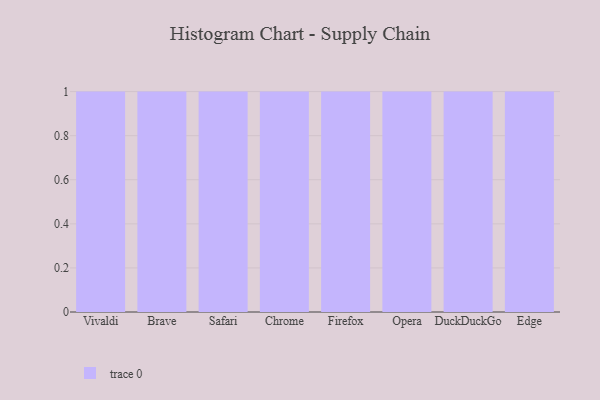
{"axis": {"x": "Browser", "y": "Backlog"}, "legend": [""], "data": [{"x": "Vivaldi", "y": 6, "type": ""}, {"x": "Brave", "y": 11, "type": ""}, {"x": "Safari", "y": 18, "type": ""}, {"x": "Chrome", "y": 47, "type": ""}, {"x": "Firefox", "y": 76, "type": ""}, {"x": "Opera", "y": 37, "type": ""}, {"x": "DuckDuckGo", "y": 45, "type": ""}, {"x": "Edge", "y": 15, "type": ""}]}